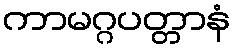
ကာမဂ္ဂပတ္တာနံ